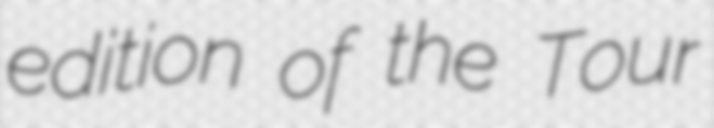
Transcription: edition of the Tour